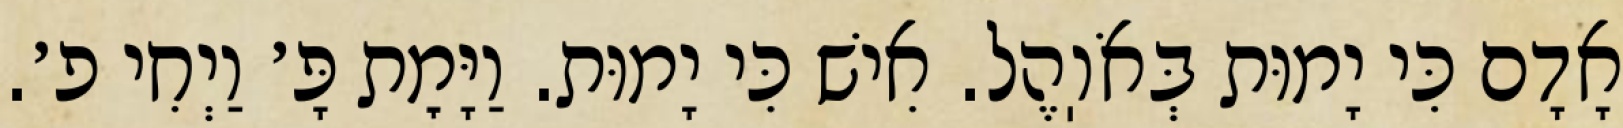
אָדָם כִּי יָמוּת בְּאֹוֽהֶל. אִישׁ כִּי יָמוּת. וַיָּמׇת פָּ׳ וַיְחִי פ׳.